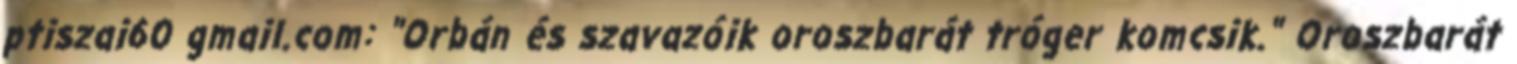
ptiszai60 gmail.com: "Orbán és szavazóik oroszbarát tróger komcsik." Oroszbarát